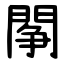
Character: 䦛